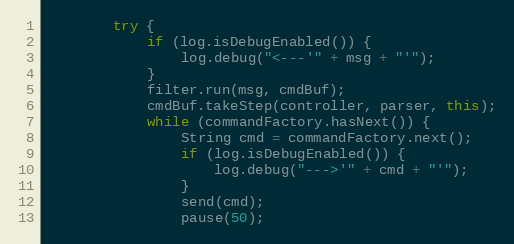
Language: Java
        try {
            if (log.isDebugEnabled()) {
                log.debug("<---'" + msg + "'");
            }
            filter.run(msg, cmdBuf);
            cmdBuf.takeStep(controller, parser, this);
            while (commandFactory.hasNext()) {
                String cmd = commandFactory.next();
                if (log.isDebugEnabled()) {
                    log.debug("--->'" + cmd + "'");
                }
                send(cmd);
                pause(50);